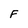
Character: F